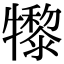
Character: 𤛼